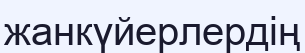
жанкүйерлердің